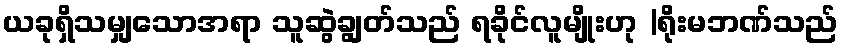
ယခုရှိသမျှသောအရာ သူဆွဲချွတ်သည် ရခိုင်လူမျိုးဟု |ရိုးမဘဏ်သည်